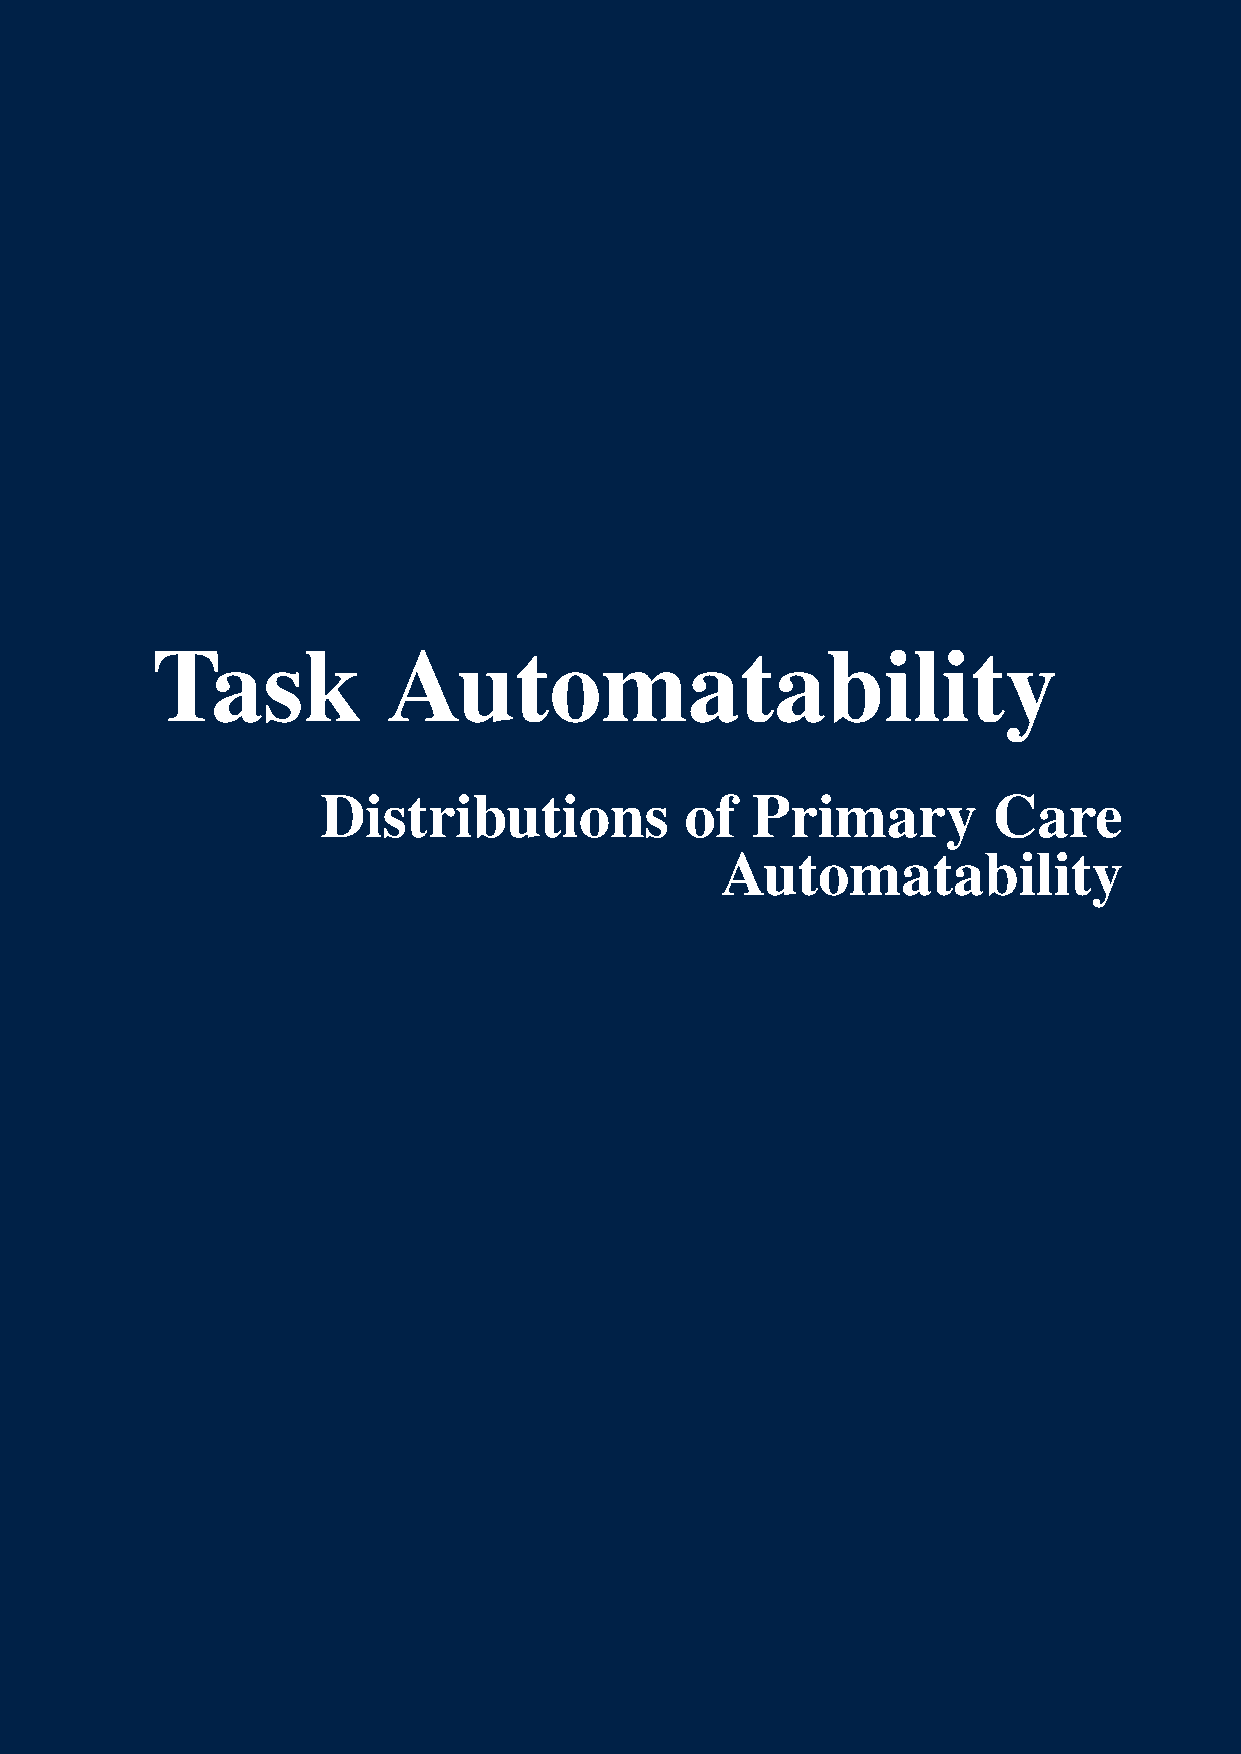
Task            Automatability
 Distributions           of   Primary         Care
 Automatability